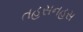
તહસનહસ